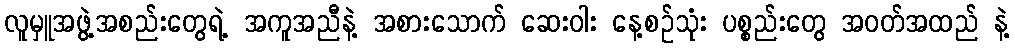
လူမှူအဖွဲ့အစည်းတွေရဲ့ အကူအညီနဲ့ အစားသောက် ဆေးဝါး နေ့စဉ်သုံး ပစ္စည်းတွေ အဝတ်အထည် နဲ့